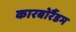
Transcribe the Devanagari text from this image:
कारबोरैंडम